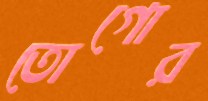
তোগোর